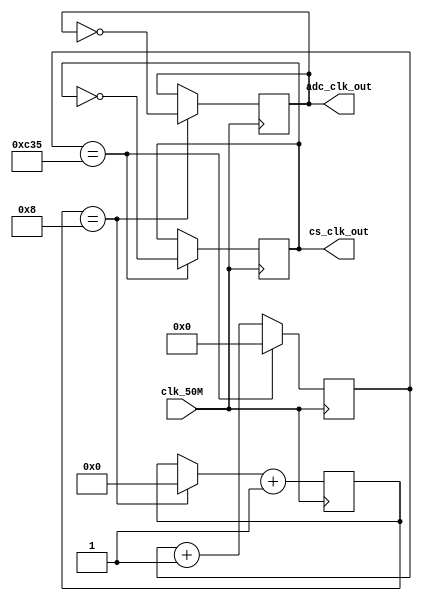
/*
Team Id    : 1118
Author List: Hari Vikinesh M, Kulasekaran S, Jerish Abijith Singh  A S,
             Aryan Vinunath
File Name  : SM_1118_Frequency_Scaling.v
Theme      : Soil Monitoring Bot

Module - SM_1118_Frequency_Scaling

This Module will handle all the frequency scaling,
which is required for task implementation

Frequency Scaling Design
Input  - clk_50M  - 50 Mhz FPGA Oscillator

Output - cs_clk_out  - 8khz Output Frequency to Color sensor
         adc_clk_out - 3.125Mhz Output Frequency to ADC Module   */

// Module Declaration
module SM_1118_Frequency_Scaling(
    input clk_50M,
    output cs_clk_out, adc_clk_out
);

// Declaring Variables
reg [14:0] cs_counter = 1;
reg [3:0] s_clk_counter = 1;
reg cs_out = 1, adc_out = 0;

// For Color Sensor 50 Mhz to 8 Khz
always @(posedge clk_50M) begin
    if (cs_counter == 3125) begin
        cs_out = ~cs_out; cs_counter = 0;
    end
    else cs_counter = cs_counter + 1'b1;
end

// For ADC Module 50Mhz to 3.125Mhz
always @(negedge clk_50M) begin  
    if (s_clk_counter == 8) begin
        adc_out = ~adc_out; s_clk_counter = 0;
    end
    s_clk_counter = s_clk_counter + 1'b1;
end

// Assigning Output Clock
assign cs_clk_out = cs_out;
assign adc_clk_out = adc_out;

endmodule